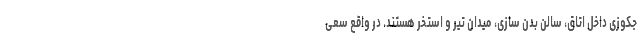
جکوزی داخل اتاق، سالن بدن سازی، میدان تیر و استخر هستند. در واقع سعی